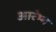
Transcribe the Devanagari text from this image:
आरंभ्भ